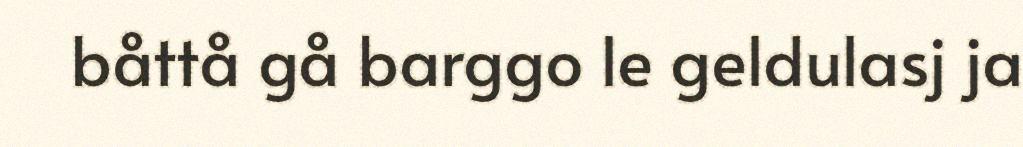
båttå gå barggo le geldulasj ja